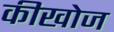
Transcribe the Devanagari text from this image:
कीखोज